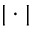
| \cdot |